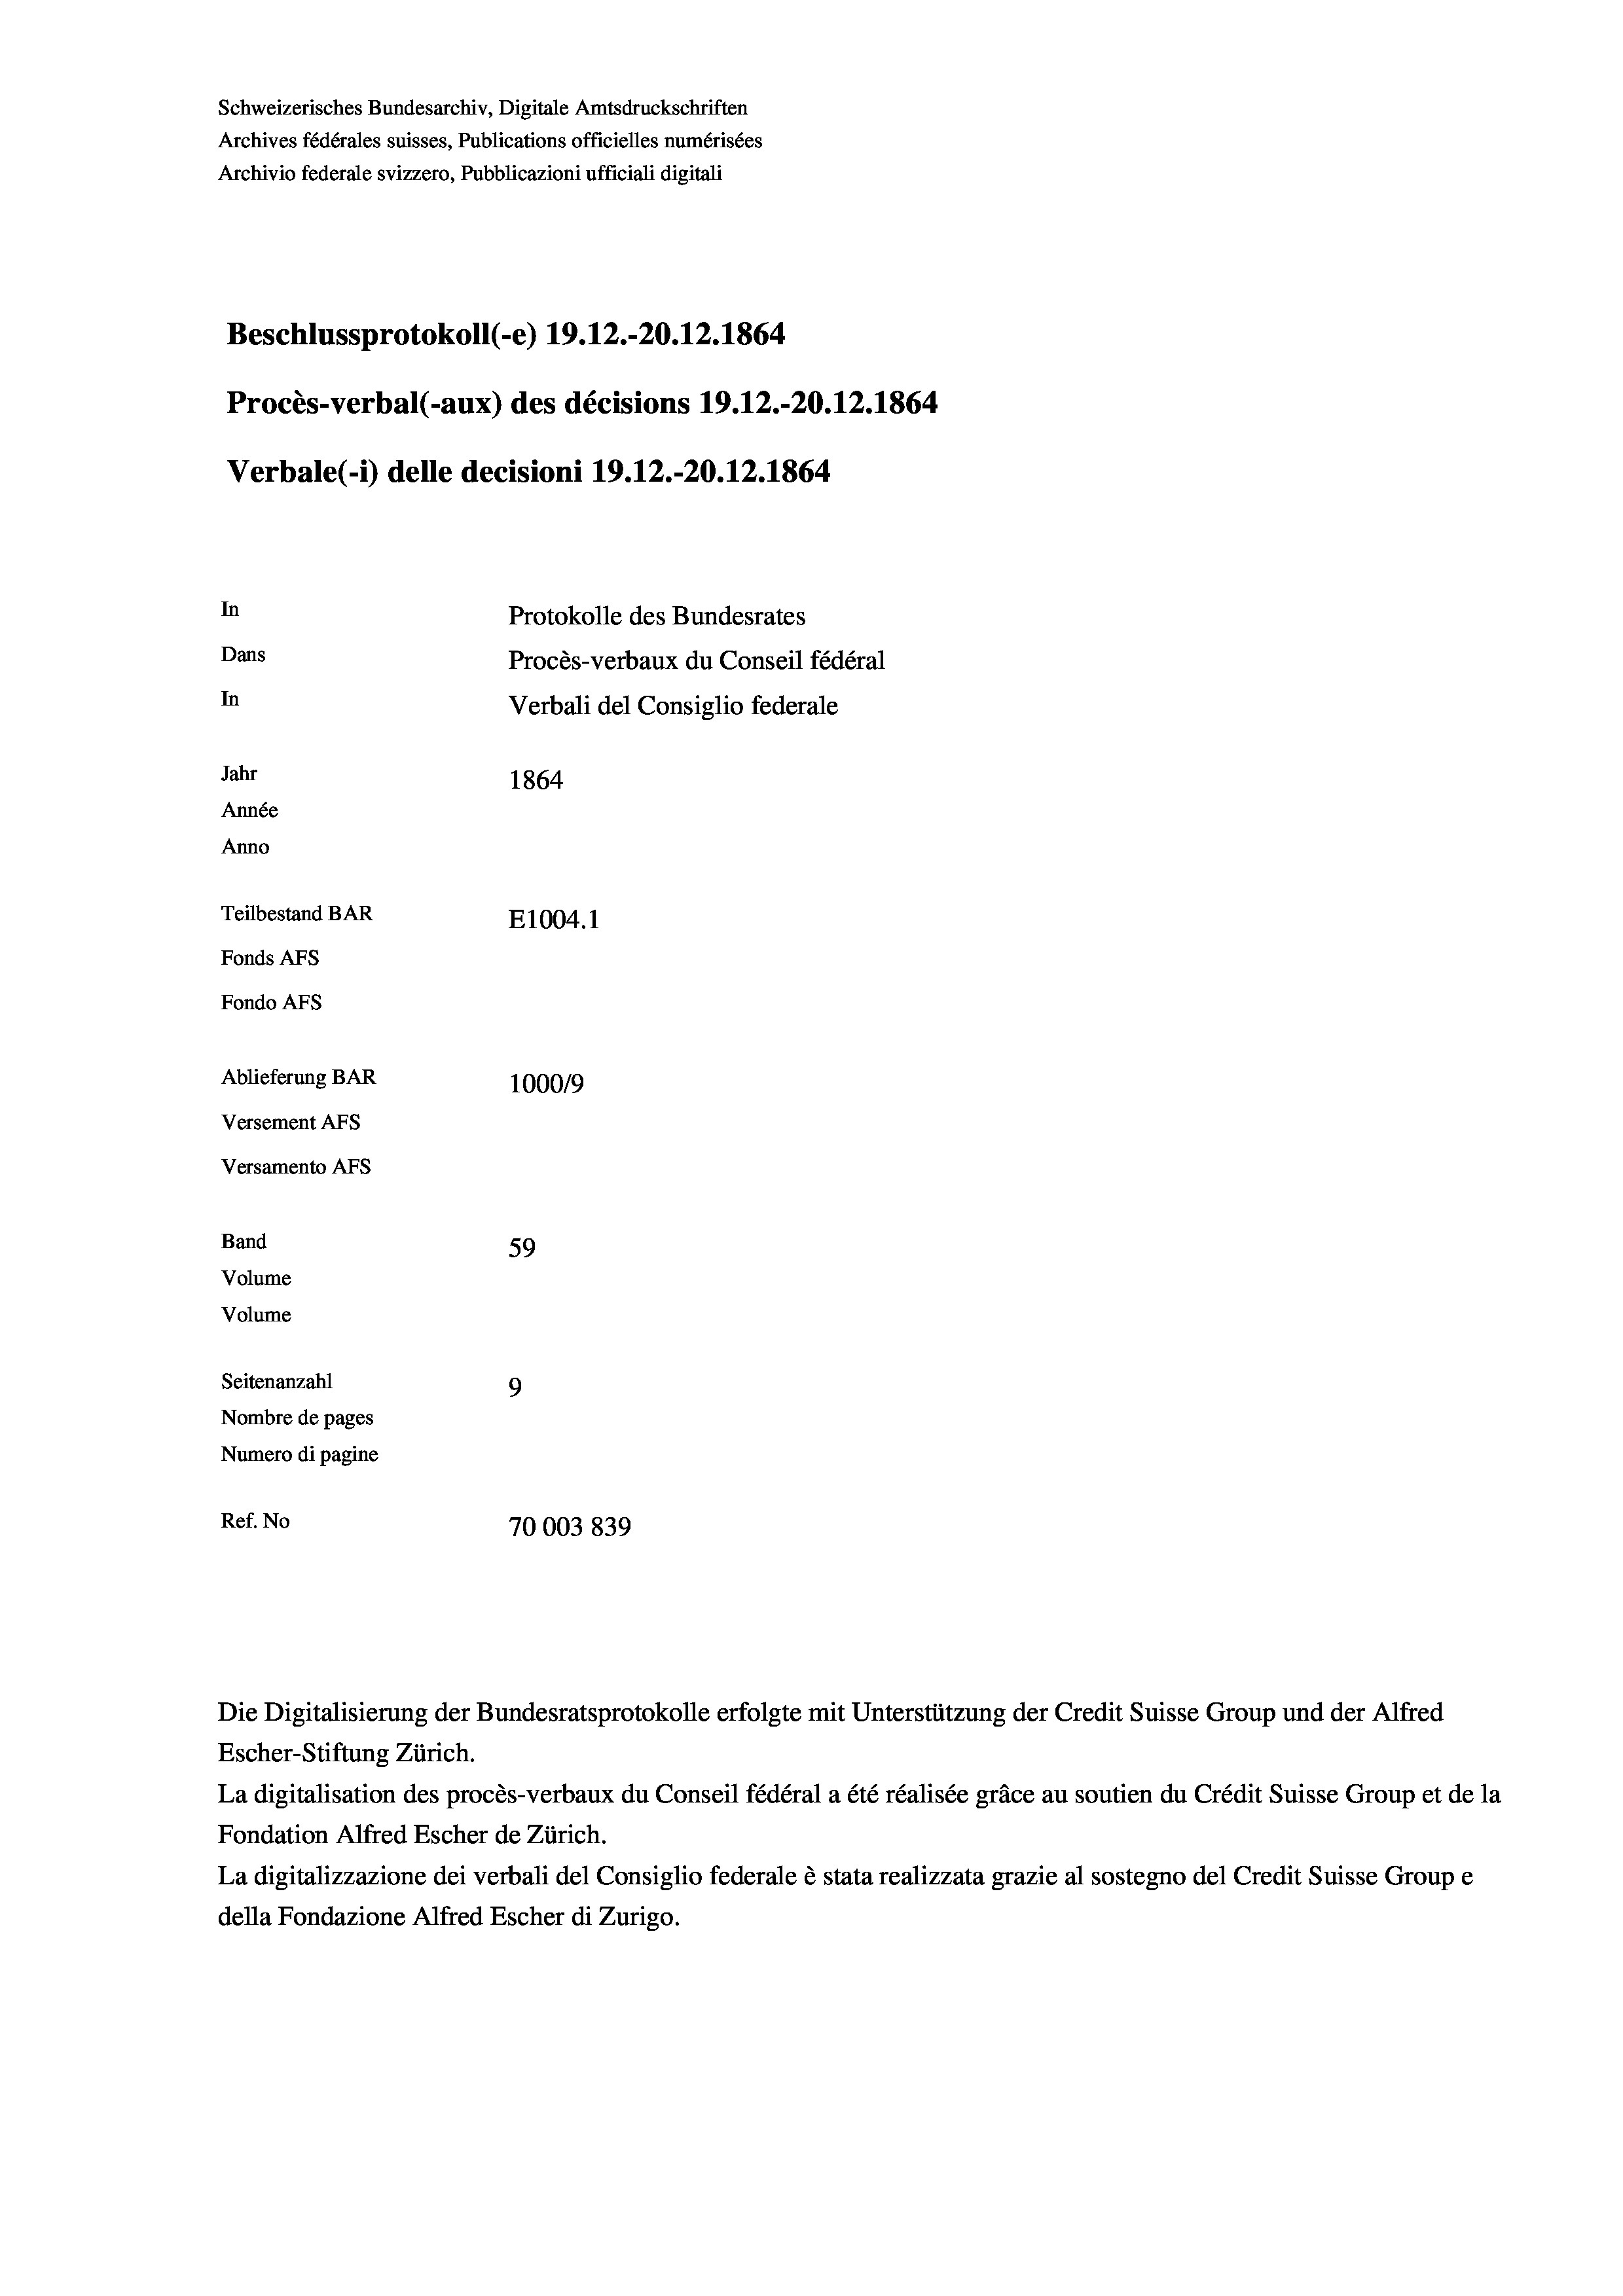
Schweizerisches Bundesarchiv, Digitale Amtsdruckschriften
Archives fédérales suisses, Publications officielles numérisées
Archivio federale svizzero, Pubblicazioni ufficiali digitali
Beschlussprotokoll (-e) 19. 12.-20.12.1864
Procès-verbal (-aux) des décisions 19.12.-20.12.1864
Verbale (i) delle decisioni 19.12.-20.12.1864.
In
Protokolle des Bundesrates
Dans
Procès-verbaux du Conseil fédéral
In
Verbali del Consiglio federale
Jahr
1864
Année
Anno
Teilbestand BAR
E1004.1
Fonds AFs
Fondo AFs
Ablieferung BAR
100019
Versement As
Versamento Afs

Band

59
Volume
Volume
Seitenanzahl
9
Nombre de pages
Numero di pagine
Ref. No
70003 839

Escher-Stiftung Zürich.
La digitalisation des procès-verbaux du Conseil fédéral a été réalisée gräce au soutien du Crédit Suisse Group et de la
Fondation Alfred Escher de Zürich.
La digitalizzazione dei verbali del Consiglio federale è stata realizzata grazie al sostegno del Credit Suisse Groupe
della Fondazione Alfred Escher di Zurigo.

Die Digitalisierung der Bundesratsprotokolle erfolgte mit Unterstützung der Credit Suisse Group und der Alfred